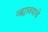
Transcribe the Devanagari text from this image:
व्ह्यावयाचे